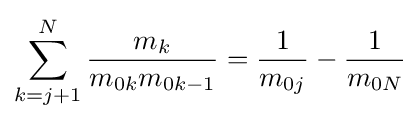
\sum _{k=j+1}^{N}{\frac {m_{k}}{m_{0k}m_{0k-1}}}={\frac {1}{m_{0j}}}-{\frac {1}{m_{0N}}}